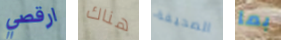
ارقصي هناك الصحيفة بما